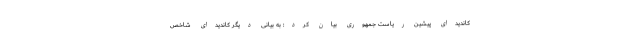
کاندیدای پیشین ریاست جمهوری بیان کرد: به بیانی دیگر کاندیدای شاخص